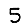
Digit: 5